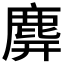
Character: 𪊑